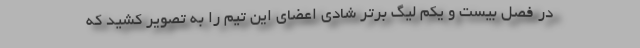
در فصل بیست و یکم لیگ برتر شادی اعضای این تیم را به تصویر کشید که